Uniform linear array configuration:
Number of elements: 48
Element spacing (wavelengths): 1
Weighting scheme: uniform
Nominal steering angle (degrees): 60
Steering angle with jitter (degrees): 58.33
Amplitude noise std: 0.05
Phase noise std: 0.05

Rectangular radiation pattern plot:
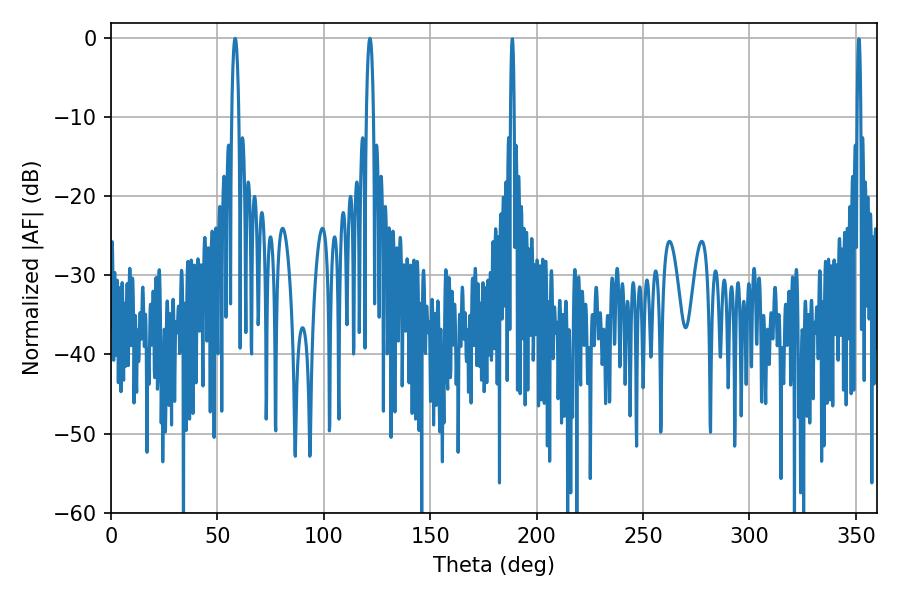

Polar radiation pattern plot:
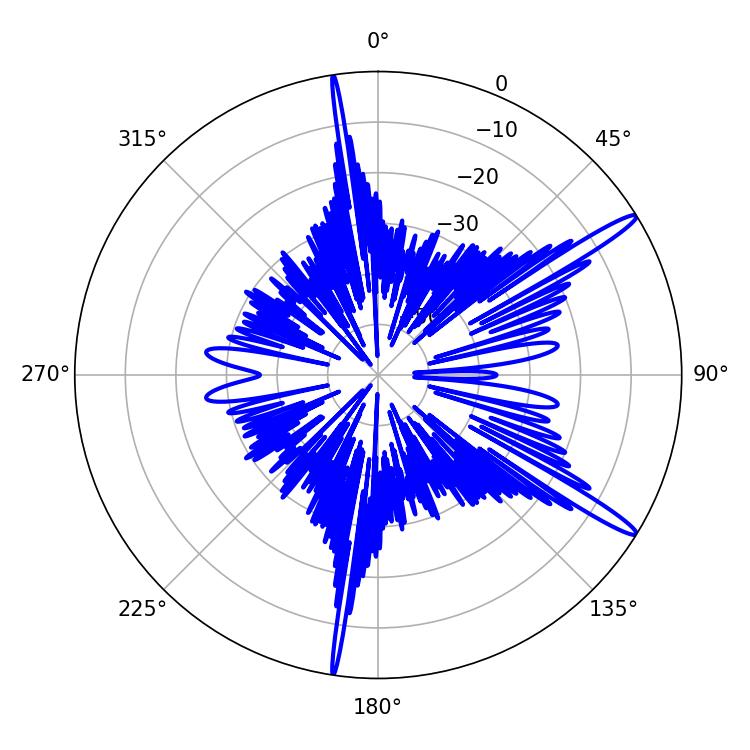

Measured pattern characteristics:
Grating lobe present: TRUE
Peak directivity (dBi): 15.174
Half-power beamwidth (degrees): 1.8
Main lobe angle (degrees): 58.32